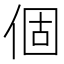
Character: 個